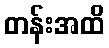
တန်းအထိ